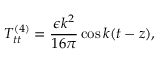
T _ { t t } ^ { ( 4 ) } = \frac { \epsilon k ^ { 2 } } { 1 6 \pi } \cos k ( t - z ) ,